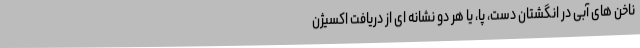
ناخن های آبی در انگشتان دست، پا، یا هر دو نشانه ای از دریافت اکسیژن